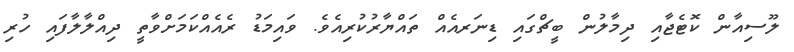
ލޫސިއާން ކޮޓެޖާއި ދިމާލުން ބީޗްގައި ޑިނަރއެއް ތައްޔާރުކުރިއެވެ. ވައިމަޑު ރެއެއްކަމަށްވާތީ ދިއްލާލާފައި ހުރި